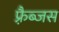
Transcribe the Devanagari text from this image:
फ़्रैब्जस